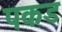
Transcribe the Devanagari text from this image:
पकड